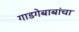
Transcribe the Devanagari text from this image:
गाडगेबाबांचा